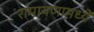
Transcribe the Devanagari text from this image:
रामायणामध्यें